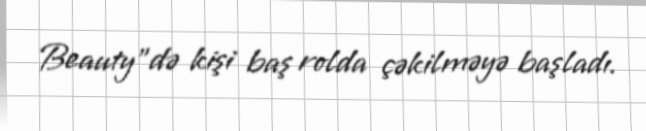
Beauty"də kişi baş rolda çəkilməyə başladı.